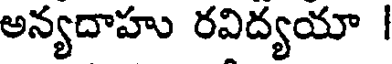
అన్యదాహు రవిద్యయా